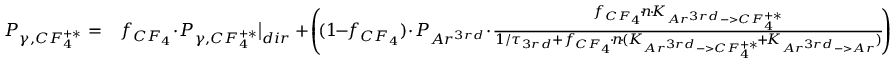
\begin{array} { r l } { P _ { \gamma , C F _ { 4 } ^ { + * } } = } & { f _ { C F _ { 4 } } \! \cdot \! P _ { \gamma , C F _ { 4 } ^ { + * } } \big | _ { d i r } + \! \left( \! ( 1 \! \! - \! \! f _ { C F _ { 4 } } ) \! \cdot \! P _ { A r ^ { 3 r d } } \! \cdot \! \frac { f _ { C F _ { 4 } } \! \cdot \! n \! \cdot \! K _ { A r ^ { 3 r d } - > C F _ { 4 } ^ { + * } } } { 1 / \tau _ { 3 r d } + f _ { C F _ { 4 } } \! \cdot \! n \! \cdot \! ( K _ { A r ^ { 3 r d } - > C F _ { 4 } ^ { + * } } \! + \! K _ { A r ^ { 3 r d } - > A r } ) } \! \right) } \end{array}